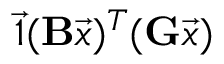
\vec { 1 } ( \mathbf { B } \vec { x } ) ^ { T } ( \mathbf { G } \vec { x } )